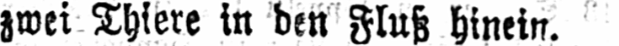
zwei Thiere in den Fluß hinein.